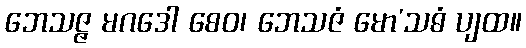
ဘေသဇ္ဇ မဂဒေါ စေဝ၊ ဘေသဇံ မော’သဓံ ပျထ။